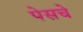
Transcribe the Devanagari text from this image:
पेसचे